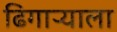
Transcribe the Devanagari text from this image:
ढिगाऱ्याला